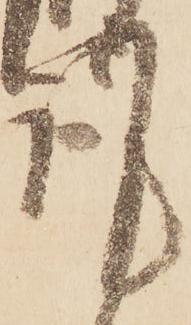
謹